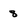
Character: 8